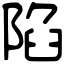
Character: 陷